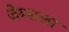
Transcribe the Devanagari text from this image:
जेम्सला